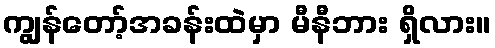
ကျွန်တော့်အခန်းထဲမှာ မီနီဘား ရှိလား။